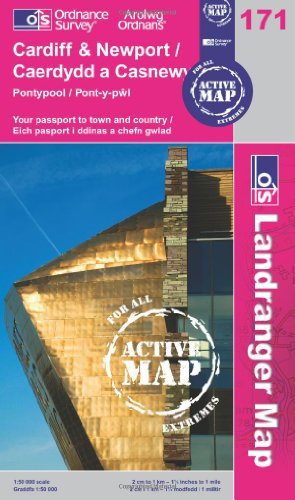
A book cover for Cardiff & Newport, Pontypool (OS Landranger Active Map); Ordnance Survey; Travel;